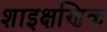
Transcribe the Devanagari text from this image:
शाइक्षणिक